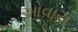
ઓવાય